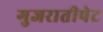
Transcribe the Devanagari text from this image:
गुजरातीपेट